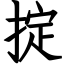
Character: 掟